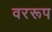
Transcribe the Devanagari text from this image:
वररूप